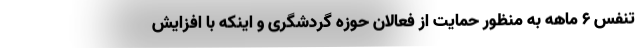
تنفس ۶ ماهه به منظور حمایت از فعالان حوزه گردشگری و اینکه با افزایش